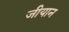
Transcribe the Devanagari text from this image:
जीयान